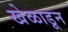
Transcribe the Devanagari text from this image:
खेळाडून